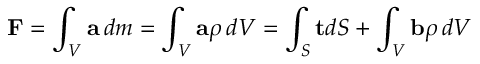
\mathbf { F } = \int _ { V } \mathbf { a } \, d m = \int _ { V } \mathbf { a } \rho \, d V = \int _ { S } \mathbf { t } d S + \int _ { V } \mathbf { b } \rho \, d V